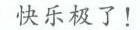
快乐极了！